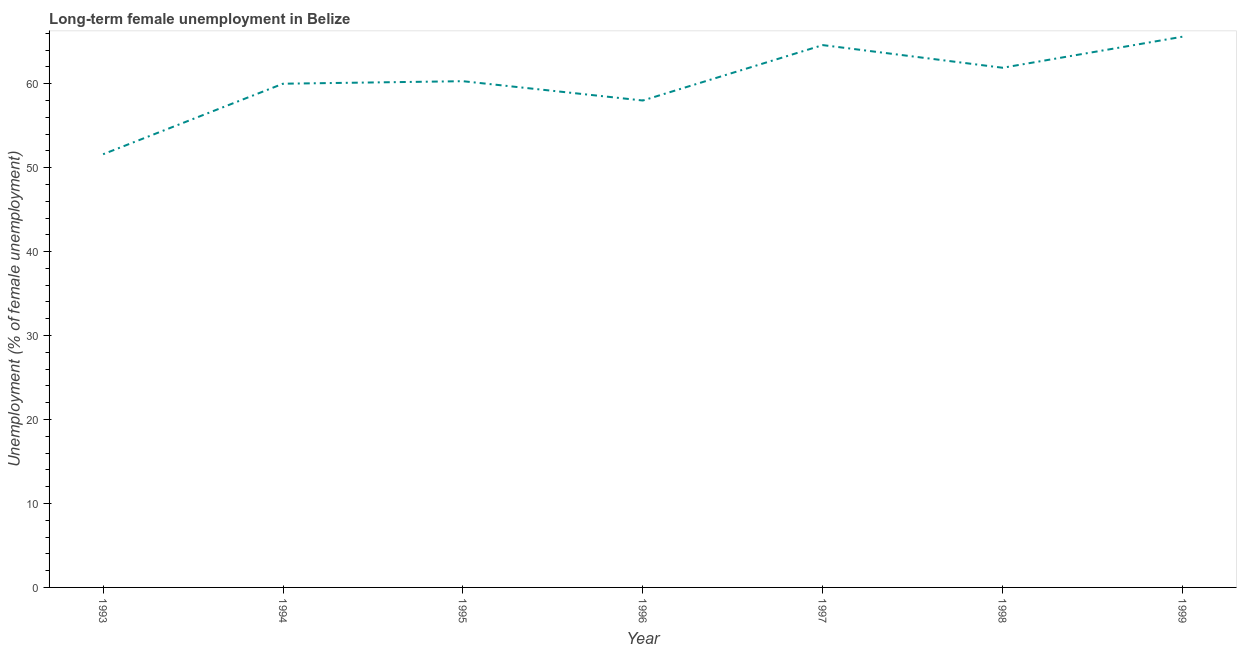
| Year | Long-term unemployment female |
 | --- | --- |
 | 1993 | 51.6 |
 | 1994 | 60 |
 | 1995 | 60.3 |
 | 1996 | 58 |
 | 1997 | 64.6 |
 | 1998 | 61.9 |
 | 1999 | 65.6 |